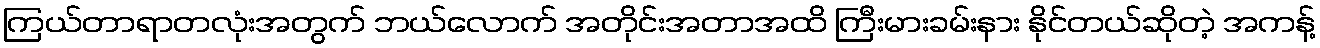
ကြယ်တာရာတလုံးအတွက် ဘယ်လောက် အတိုင်းအတာအထိ ကြီးမားခမ်းနား နိုင်တယ်ဆိုတဲ့ အကန့်